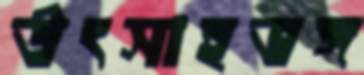
উৎসাহভঙ্গ